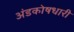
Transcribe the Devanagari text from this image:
अंडकोषधारी